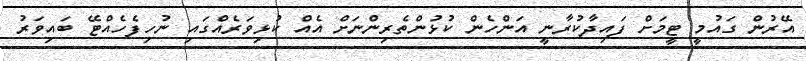
އޭރުން ގައުމީ ޓީމަށް ފައިދާކުރާނީ އަންހެން ކުޅުންތެރިންނަށް އެއް ކުޅިވަރެއްގައި ނުހިފެހެއްޓޭ ބައިވަރު